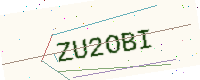
Text: ZU2OBI